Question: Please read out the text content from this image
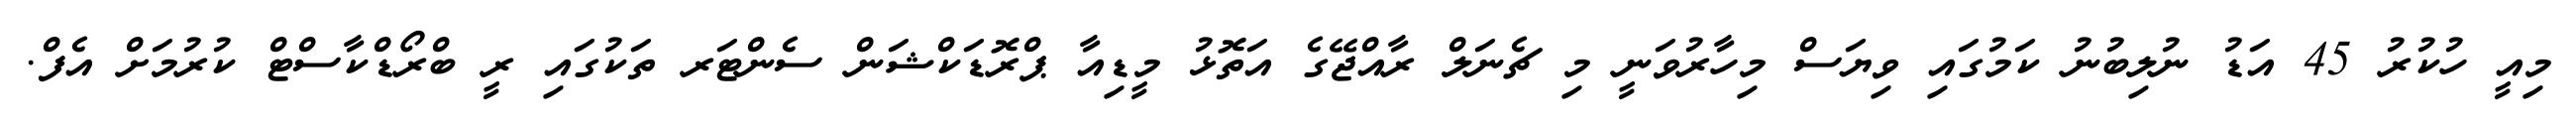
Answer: މިއީ ހުކުރު 45 އަޑު ނުލިބުނު ކަމުގައި ވިޔަސް މިހާރުވަނީ މި ޗެނަލް ރާއްޖޭގެ އަތޮޅު މީޑިއާ ޕްރޮޑަކްޝަން ސެންޓަރ ތަކުގައި ރީ ބްރޯޑްކާސްޓް ކުރުމަށް އެފް.